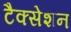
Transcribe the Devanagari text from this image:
टैक्सेशन